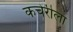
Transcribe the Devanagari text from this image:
कचेरीला